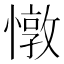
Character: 憞